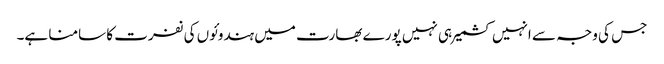
جس کی وجہ سے انہیں کشمیر ہی نہیں پورے بھارت میں ہندوئوں کی نفرت کا سامنا ہے۔